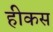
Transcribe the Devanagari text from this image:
हीकस